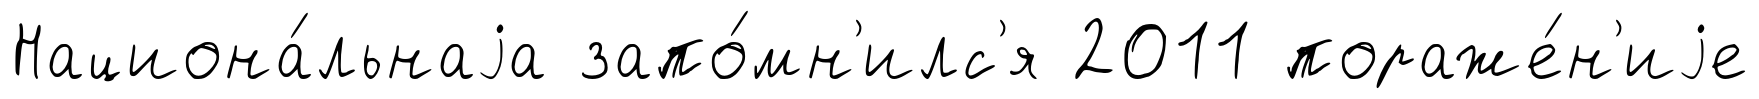
Национа́льнаjа запо́мн'илс'я 2011 пораже́н'иjе